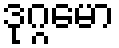
ဒုဂ္ဂမော